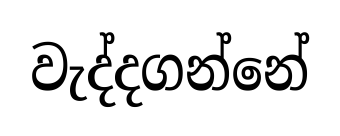
වැද්දගන්නේ